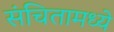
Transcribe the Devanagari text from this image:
संचितामध्ये